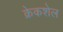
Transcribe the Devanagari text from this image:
क्रेकशेल